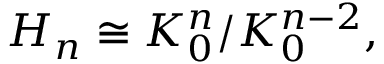
H _ { n } \cong K _ { 0 } ^ { n } / K _ { 0 } ^ { n - 2 } ,